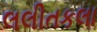
લલીતકલા